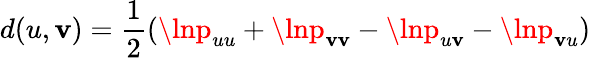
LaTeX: d(u,\mathbf{v})=\frac{1}{2}(\lnp_{uu}+\lnp_{\mathbf{v}\mathbf{v}}-\lnp_{u\mathbf{v}}-\lnp_{\mathbf{v}u})